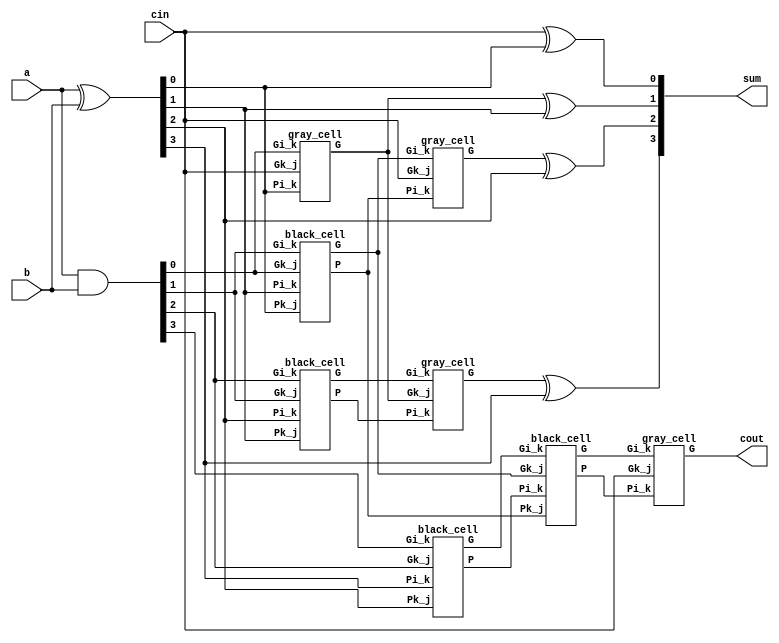
module kogge_stone_4(
    output [3:0] sum,
    output cout,
    input [3:0] a,
    input [3:0] b,
    input cin
);

    wire [3:0] G_Z, P_Z, //wires
    G_A, P_A,
    G_B, P_B,
    G_C, P_C;

    assign P_Z = a ^ b;
    assign G_Z = a & b;

    gray_cell level_0A(cin, P_Z[0], G_Z[0], G_A[0]);
    black_cell level_1A(G_Z[0], P_Z[1], G_Z[1], P_Z[0], G_A[1], P_A[1]);
    black_cell level_2A(G_Z[1], P_Z[2], G_Z[2], P_Z[1], G_A[2], P_A[2]);
    black_cell level_3A(G_Z[2], P_Z[3], G_Z[3], P_Z[2], G_A[3], P_A[3]);

    gray_cell level_1B(cin, P_A[1], G_A[1], G_B[1]);
    gray_cell level_2B(G_A[0], P_A[2], G_A[2], G_B[2]);
    black_cell level_3B(G_A[1], P_A[3], G_A[3], P_A[1], G_B[3], P_B[3]);

    gray_cell level_3C(cin, P_B[3], G_B[3], cout);

    assign sum[0] = cin    ^ P_Z[0];
    assign sum[1] = G_A[0] ^ P_Z[1];
    assign sum[2] = G_B[1] ^ P_Z[2];
    assign sum[3] = G_B[2] ^ P_Z[3];
endmodule

module gray_cell(Gk_j, Pi_k, Gi_k, G);
    input Gk_j, Pi_k, Gi_k;
    output G;
    wire Y;
    and(Y, Gk_j, Pi_k);
    or(G, Y, Gi_k);
endmodule

module black_cell(Gk_j, Pi_k, Gi_k, Pk_j, G, P);
    input Gk_j, Pi_k, Gi_k, Pk_j;
    output G, P;
    wire Y;
    and(Y, Gk_j, Pi_k);
    or(G, Gi_k, Y);
    and(P, Pk_j, Pi_k);
endmodule